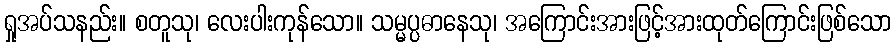
ရှုအပ်သနည်း။ စတူသု၊ လေးပါးကုန်သော။ သမ္မပ္ပဓာနေသု၊ အကြောင်းအားဖြင့်အားထုတ်ကြောင်းဖြစ်သော